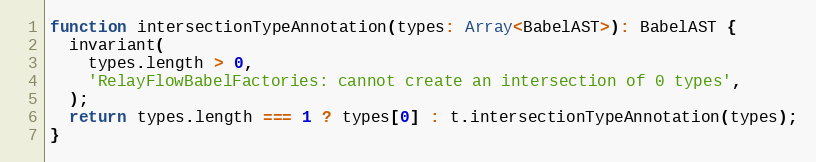
Language: JavaScript
function intersectionTypeAnnotation(types: Array<BabelAST>): BabelAST {
  invariant(
    types.length > 0,
    'RelayFlowBabelFactories: cannot create an intersection of 0 types',
  );
  return types.length === 1 ? types[0] : t.intersectionTypeAnnotation(types);
}